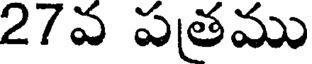
27వ పతము